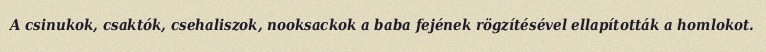
A csinukok, csaktók, csehaliszok, nooksackok a baba fejének rögzítésével ellapították a homlokot.